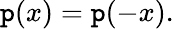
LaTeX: \mathtt{p}(x)=\mathtt{p}(-x).